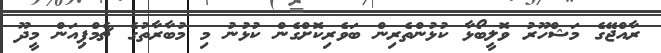
ރާއްޖޭގެ މަޝްހޫރު ވޮލީބޯޅާ ކުޅުންތެރިން ބަވެރިކޮށްގެން ކުޅުނު މި މުބާރާތުގެ ޗެމްޕިއަން މީދޫ